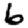
Digit: 6